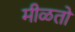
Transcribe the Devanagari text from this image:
मीळतो